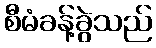
စီမံခန့်ခွဲသည်